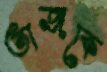
তাজকে